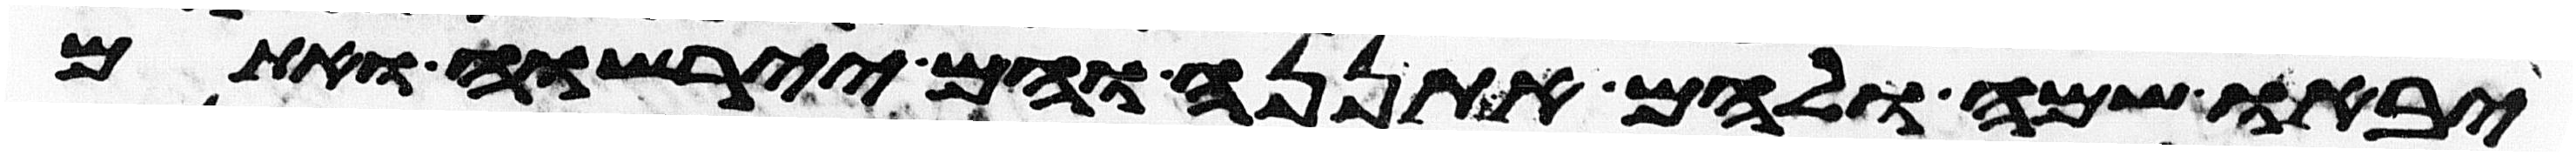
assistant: יבאו שם ולהם אתננה והם יירשוה ואתם